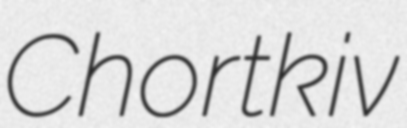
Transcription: Chortkiv